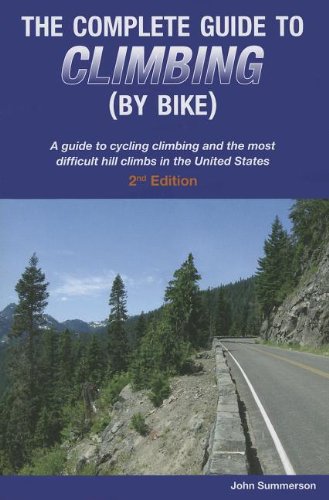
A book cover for Complete Guide to Climbing (by Bike) 2nd Edition; John Summerson; Travel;